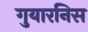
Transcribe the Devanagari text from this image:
गुयारनिस